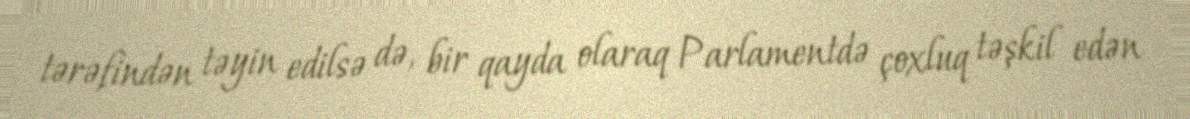
tərəfindən təyin edilsə də, bir qayda olaraq Parlamentdə çoxluq təşkil edən